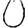
Digit: 0